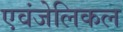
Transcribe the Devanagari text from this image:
एवंजेलिकल